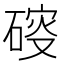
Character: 𥔑